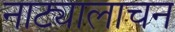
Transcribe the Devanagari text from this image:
नाट्यालाचन